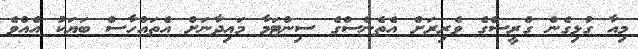
މިއާ ގުޅިގެން ގްރީސްގެ ވެރިރަށް އެތެންސްގެ ސިންޓަމާ މައިދާނަށް އެތައްހާސް ބަޔަކު އެއްވެ